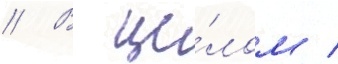
// В це́лом /